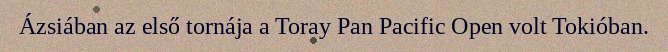
Ázsiában az első tornája a Toray Pan Pacific Open volt Tokióban.